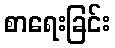
စာရေးခြင်း